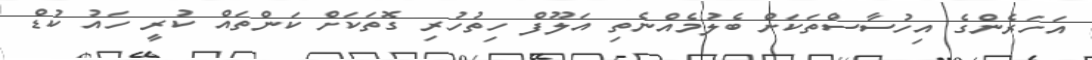
އަހަރެންގެ އިހުސާސްތަކަށް ބެލުމެއްނެތި އަލޫފް ހިތުހުރި ގޮތަކަށް ކަންތައް ކުރީ ހައު ކުޑް